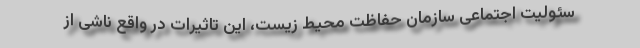
سئولیت اجتماعی سازمان حفاظت محیط زیست، این تاثیرات در واقع ناشی از